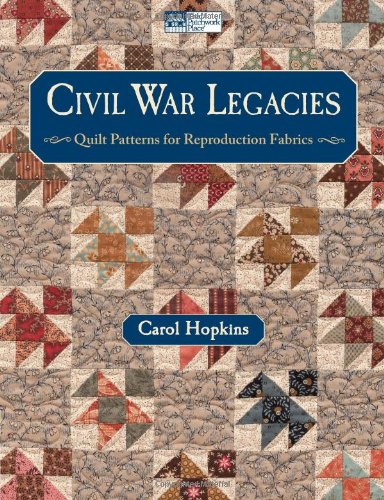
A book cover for Civil War Legacies: Quilt Patterns for Reproduction Fabrics; Carol Hopkins; Crafts, Hobbies & Home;